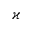
\varkappa